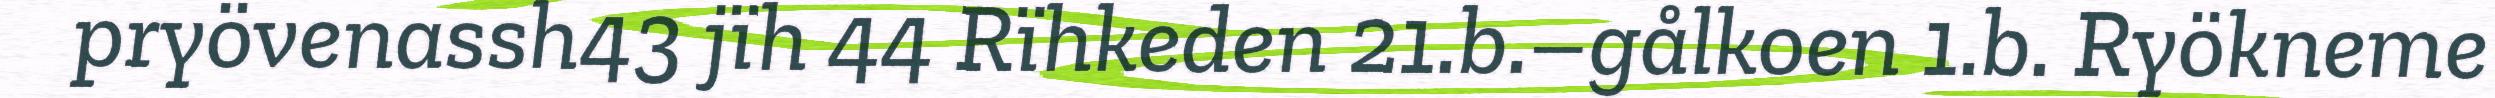
pryövenassh43 jïh 44 Rïhkeden 21.b.–gålkoen 1.b. Ryökneme